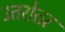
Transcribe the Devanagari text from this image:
उतरोतर